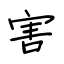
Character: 害